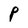
Character: P